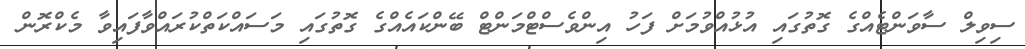
ސިވިލް ސާވަންޓެއްގެ ގޮތުގައި އުޅުއްވުމަށް ފަހު އިންވެސްޓްމަންޓް ބޭންކައެއްގެ ގޮތުގައި މަސައްކަތްކުރައްވާފައިވާ މެކްރޮން